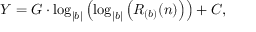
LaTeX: Y = G \cdot \log _ { | b | } \left( \log _ { | b | } \left( R _ { ( b ) } ( n ) \right) \right) + C ,